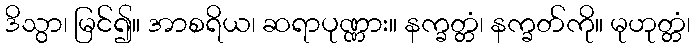
ဒိသွာ၊ မြင်၍။ အာစရိယ၊ ဆရာပုဏ္ဏား။ နက္ခတ္တံ၊ နက္ခတ်ကို။ မုဟုတ္တံ၊